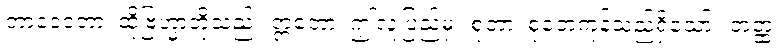
တာဒေဝတာ၊ ထိုဗြဟ္မာတို့သည်။ ဣတော၊ ဤလူ့ပြည်မှ။ စုတာ၊ စုတေကုန်သည်ရှိသော်။ တတ္ထ၊